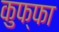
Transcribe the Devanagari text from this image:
कुफ्फा